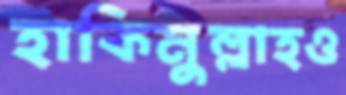
হাকিমুল্লাহও